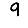
Digit: 9